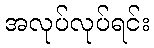
အလုပ်လုပ်ရင်း